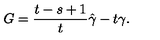
G = \frac { t - s + 1 } { t } \hat { \gamma } - t \gamma .